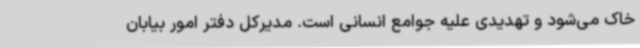
خاک می‌شود و تهدیدی علیه جوامع انسانی است. مدیرکل دفتر امور بیابان